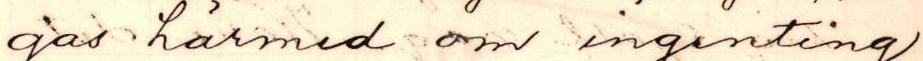
gas härmed om ingenting